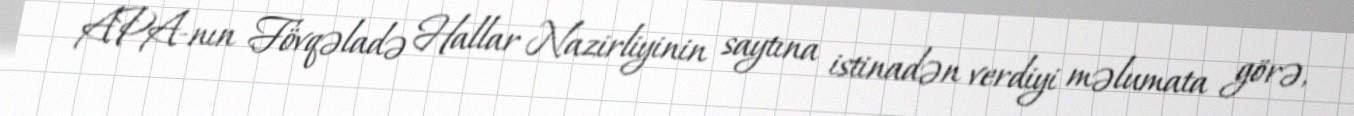
APA-nın Fövqəladə Hallar Nazirliyinin saytına istinadən verdiyi məlumata görə,